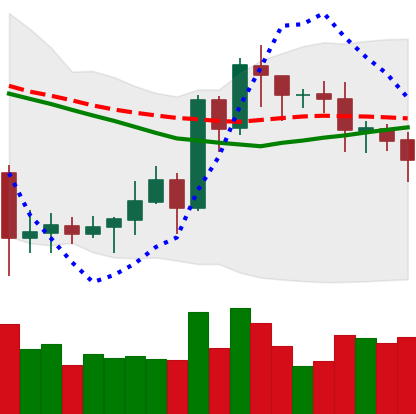
Ticker: EOS-USD
Chart end date: 2020-07-16
Forward return: 4.819%
Label: up_3_5